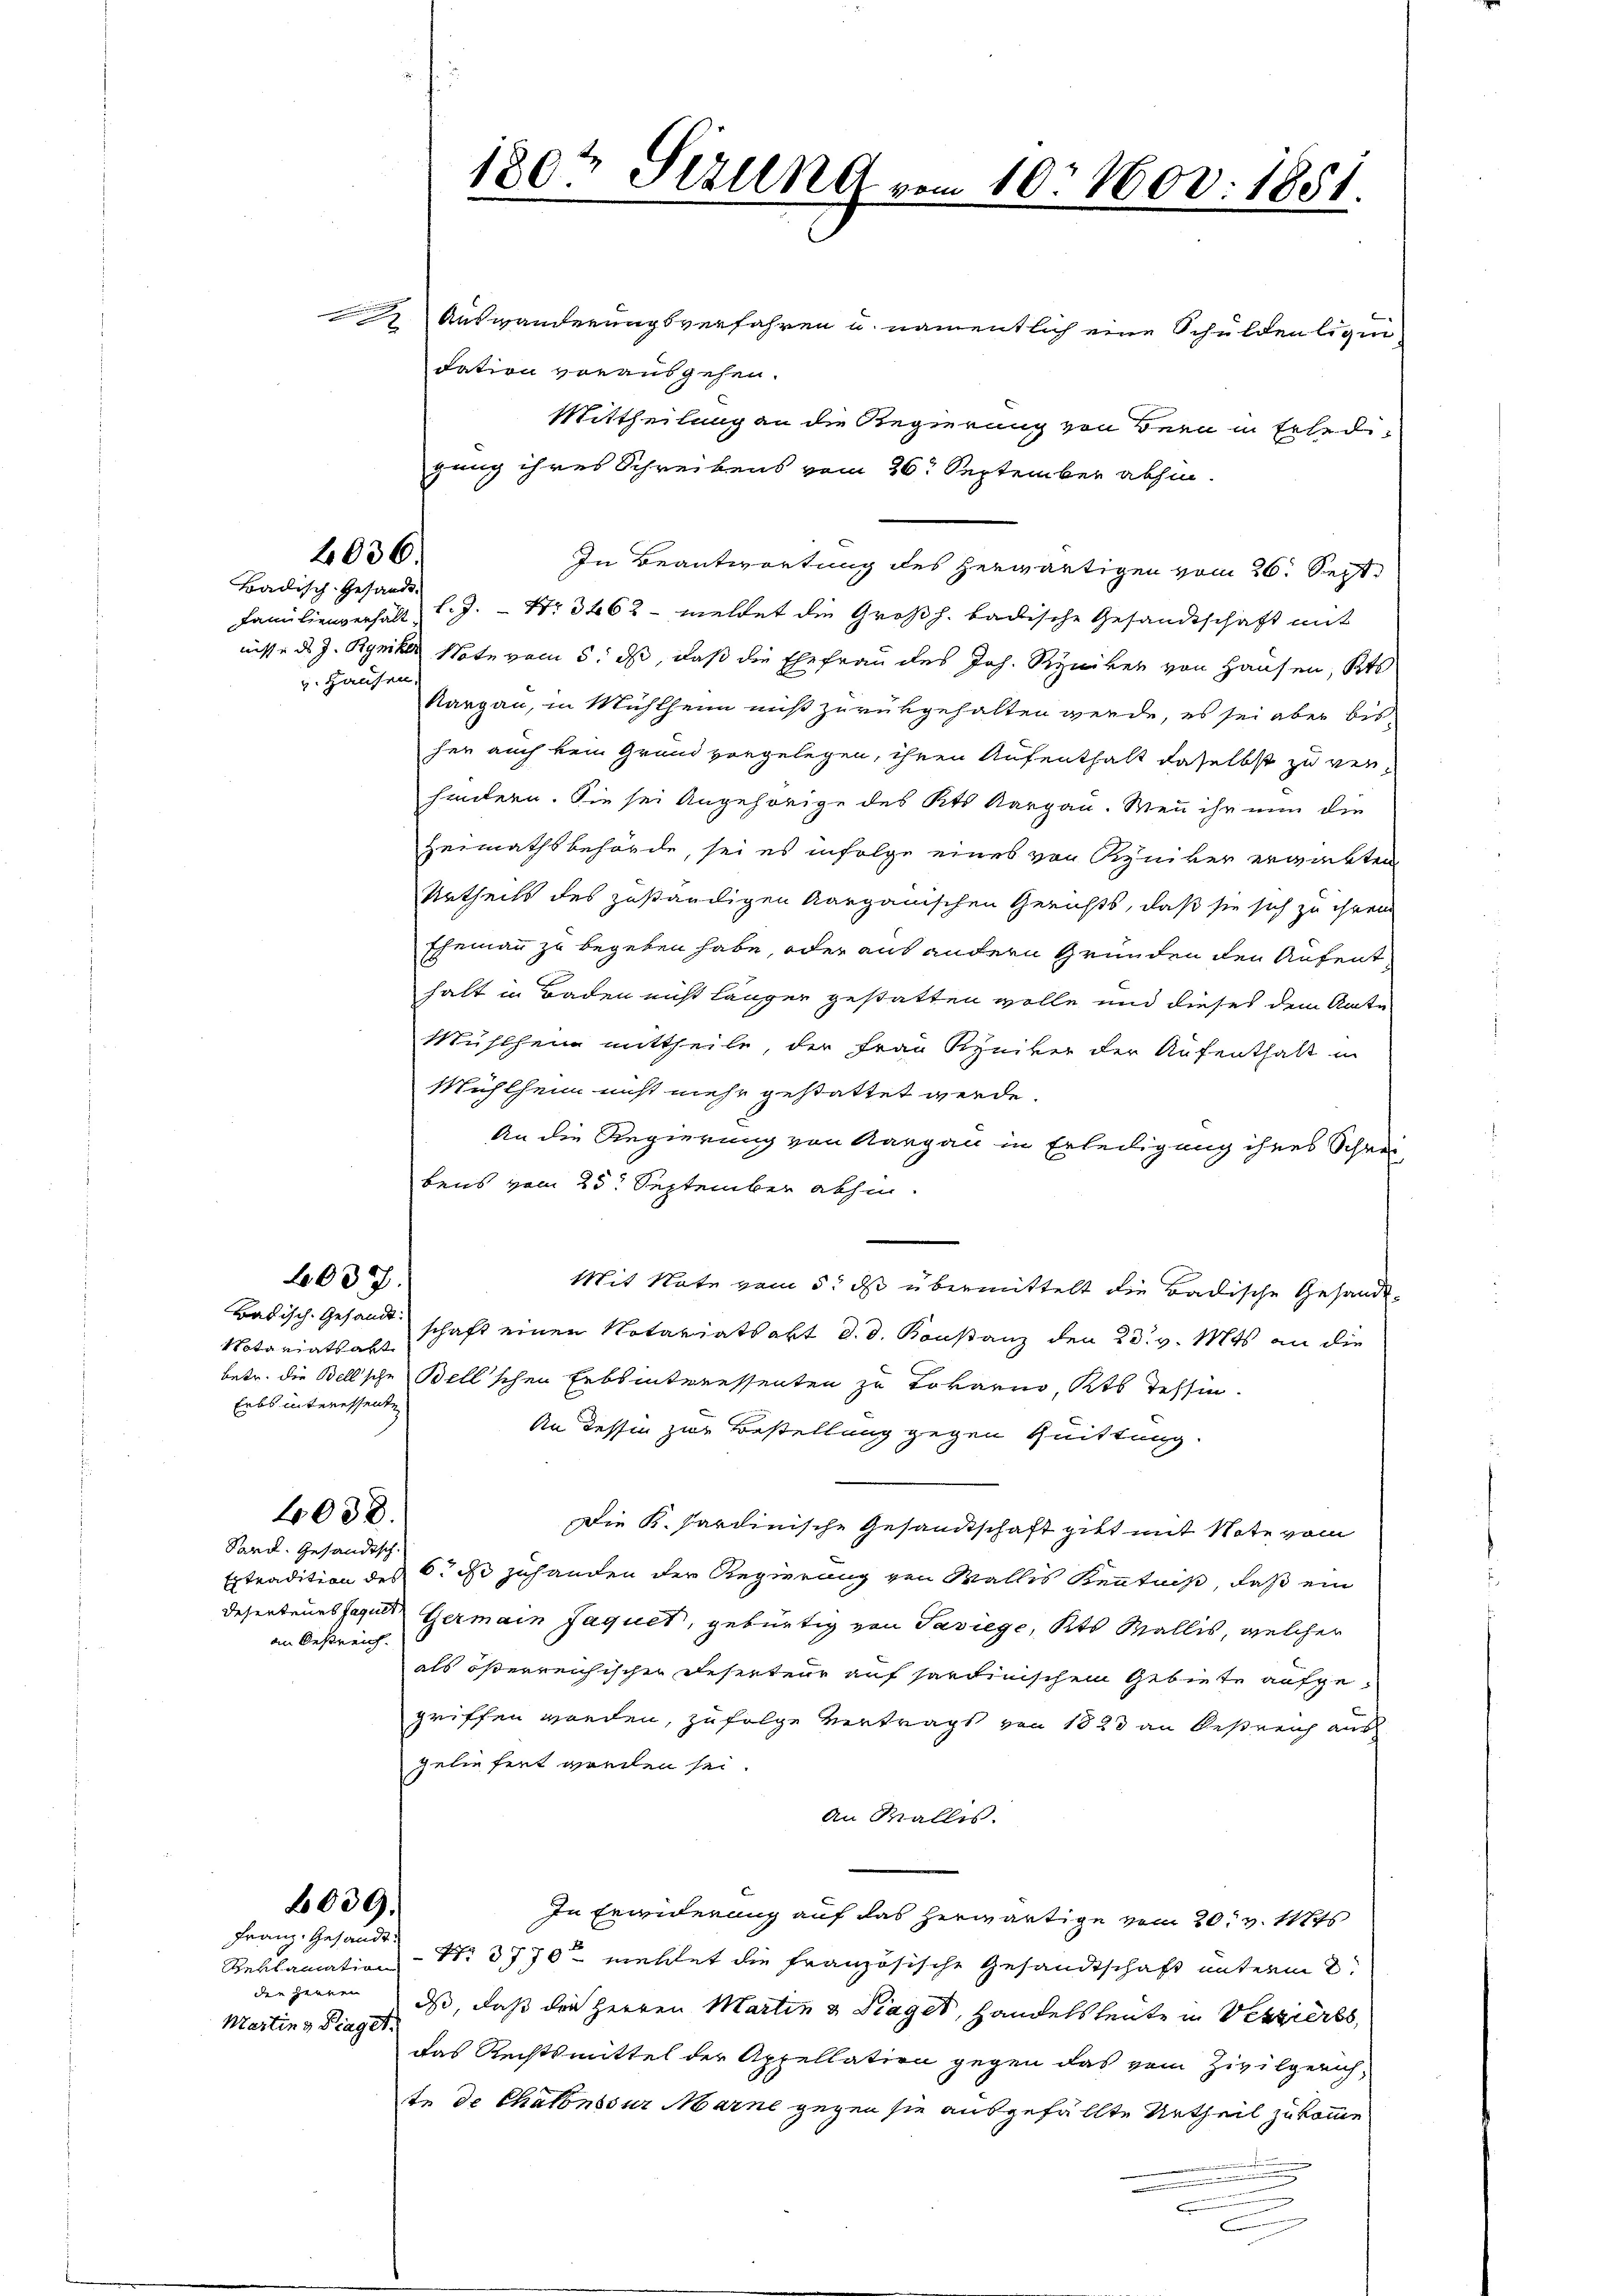
2036

Badisch-Gesandt.
v. Hausen.

037.

Notariats alt
Erbs interessente

4030.

Sard. Gesandtsch
an Oestreich.

Franz. Gesandt.

Martin & Piaget.

Auswanderungsverfahren u. namentlich eine Schuldenligen-
dation vorausgehen.
Mittheilung an die Regierung von Seen in Erledigung ihres Schreibens vom 26. September abhin.
In Beantwortung des herwärtigen vom 26. Sept.
Familienverhält l. J. Nr. 3462 - meldet die Großh. badische Gesandtschaft mit
nisse des J. Ryniker Note vom 5. ds, daß die Ehefrau des Joh. Ryniker von Hausen, Kts
Aargau, in Mühlheim miß zurükgehalten werde, es sei aber bis-
her auch kein Grand vorgelegen, ihren Aufenthalt daselbst zu verhindern. Sie sei Angehörige des Kts. Aargau. Wenn ihr nun die
Heimathsbehörde, sei es infolge eines von Kyniker erwirkten
Urtheils des zuständigen Aargauischen Gerichts, daß sie sich zu ihrem
Ehemann zu begeben habe, oder auf andern Gründen den Aufent
halt in Baden nicht länger gestatten wolle und dieses dem Amte
Muschein mittheile, der Frau Ryniker der Aufenthalt in
Mühlheim nicht mehr gestattet werde.
An die Regierung von Aargau in Erledigung ihres Schrei-
bens vom 25. September abhin.
Mit Note vom 5. ds übermittelt die Badische Gesandt¬
Badisch-Gesandtschaft einen Notariatsakt d. d. Konstanz den 23. v. Mts. an die
betr. die Bellische Bell'schen Erbsinteressenten zu Tokarno, Kts. Tessin.
An dessen zur Bestellung gegen Quittung.
Die K. Sardinische Gesandtschaft gibt mit Note vom
Extradition des 6. ds zuhanden der Regierung von Wallis Kentniß, daß ein
Deserteurs seuls Germain Jaquet, gebürtig von Pasiege, Kts. Wallis, welcher
als österreichischen Deserteur auf sartinischem Gebiete aufgegriffen worden, zufolge Vertrags von 1823 an Oestreich aus
zeliefert worden sei.
An Wallis.
039.
In Eränderung auf das herwärtige vom 20. v. 1
Reklamation Nr. 3770 mehlet die französische Gesandtschaft unterm 2.
der Herren, dass, daß die Herren Martin & Siaget, Handelsleute in Verzieres,
das Rechtsmittel der Appellation gegen das vom Zivilgerich-
te de Chalonssur Marne gegen sie ausgefällte Urtheil zu komme

180t Sekung vom 10. Nov. 1851.
n